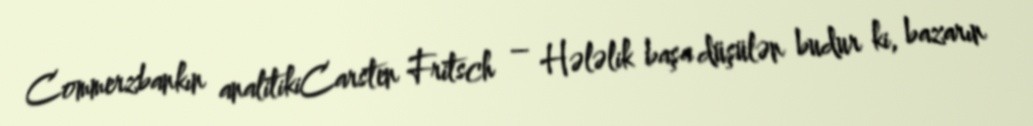
Commerzbankın analitikiCarsten Fritsch – Hələlik başa düşülən budur ki, bazarın